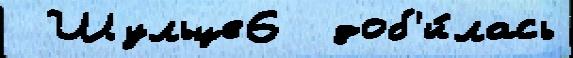
 Шульце6  доб'и́лась